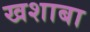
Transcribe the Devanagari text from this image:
खशाबा